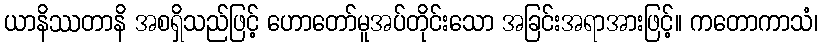
ယာနိဿတာနိ အစရှိသည်ဖြင့် ဟောတော်မူအပ်တိုင်းသော အခြင်းအရာအားဖြင့်။ ကတောကာသံ၊